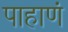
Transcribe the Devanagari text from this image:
पाहाणं